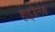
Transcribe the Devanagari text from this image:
हाइजेलक